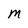
Character: M